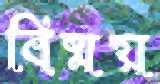
বিষ্ময়